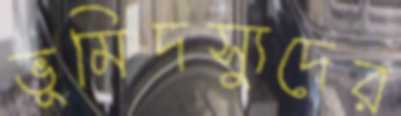
ভূমিদস্যুদের